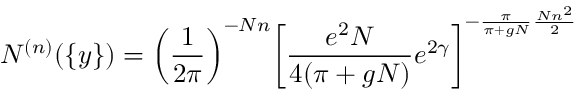
{ \cal N } ^ { ( n ) } ( \{ y \} ) = \left( \frac { 1 } { 2 \pi } \right) ^ { - N n } \! \left[ \frac { e ^ { 2 } N } { 4 ( \pi + g N ) } e ^ { 2 \gamma } \right] ^ { - \frac { \pi } { \pi + g N } \frac { N n ^ { 2 } } { 2 } }